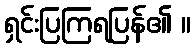
ရှင်းပြကြရပြန်၏ ။